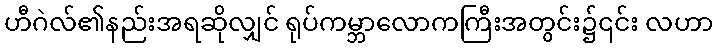
ဟီဂဲလ်၏နည်းအရဆိုလျှင် ရုပ်ကမ္ဘာလောကကြီးအတွင်း၌၎င်း လဟာ